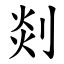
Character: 剡